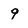
Character: 9